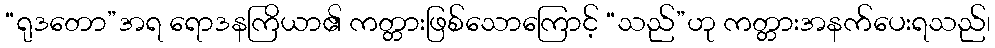
“ရုဒတော”အရ ရောဒနကြိယာ၏ ကတ္တားဖြစ်သောကြောင့် “သည်”ဟု ကတ္တားအနက်ပေးရသည်၊